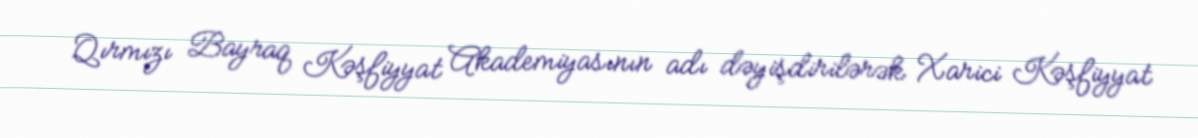
Qırmızı Bayraq Kəşfiyyat Akademiyasının adı dəyişdirilərək Xarici Kəşfiyyat